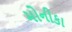
મોનીકા